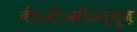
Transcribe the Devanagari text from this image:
बी०बी०सी०न्यूज़